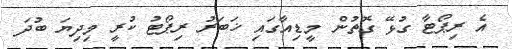
އެ ރިޕޯޓާ ގުޅޭ ގޮތުން މީޑިއާގައި ޚަބަރު ރިޕޯޓު ކުރީ މިދިޔަ ބުދަ